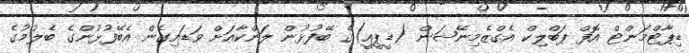
ޑިޕާޓްމަންޓް އޮފް ޕަބްލިކް އެގްޒެމިނޭޝަން (ޑީޕީއީ)ގެ ބޭފުޅުން ލަންކާއަށް ވަޑައިގެން އެބޭފުޅުންގެ ބެލުމުގެ